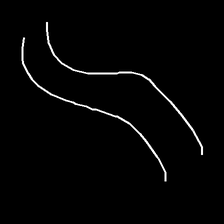
Glyph: float